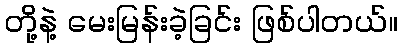
တို့နဲ့ မေးမြန်းခဲ့ခြင်း ဖြစ်ပါတယ်။